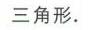
三角形.